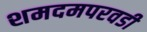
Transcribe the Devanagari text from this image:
शमदमपरवडी